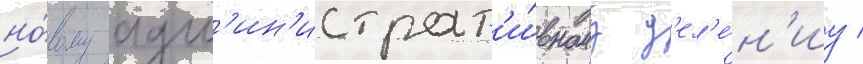
но́вому адм'ин'истрат'и́вному д'ел'е́н'иу /